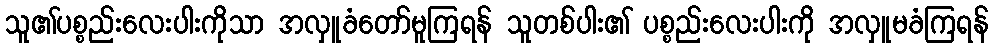
သူ၏ပစ္စည်းလေးပါးကိုသာ အလှူခံတော်မူကြရန် သူတစ်ပါး၏ ပစ္စည်းလေးပါးကို အလှူမခံကြရန်